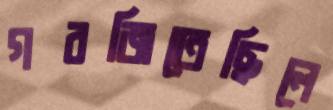
গরজিতেছিলে